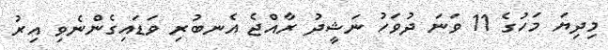
މިދިޔަ މަހުގެ 11 ވަނަ ދުވަހު ނަޝީދު ރާއްޖެ އެނބުރި ވަޑައިގެންނެވި އިރު